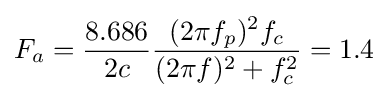
F_{a}={\frac {8.686}{2c}}{\frac {(2\pi f_{p})^{2}f_{c}}{(2\pi f)^{2}+f_{c}^{2}}}=1.4